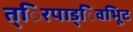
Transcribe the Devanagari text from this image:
त्िरपाड्िवभूिट